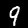
Label: 9